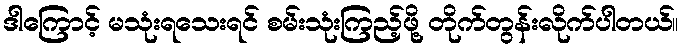
ဒါကြောင့် မသုံးရသေးရင် စမ်းသုံးကြည့်ဖို့ တိုက်တွန်းလိုက်ပါတယ်။